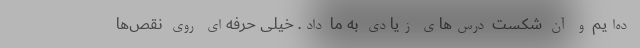
ده‌ایم و آن شکست درس‌های زیادی به ما داد. خیلی حرفه‌ای روی نقص‌ها